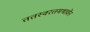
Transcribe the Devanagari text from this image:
ततस्वरतमभावेन